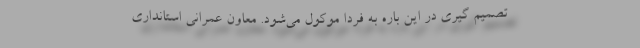
تصمیم گیری در این باره به فردا موکول می‌شود. معاون عمرانی استانداری